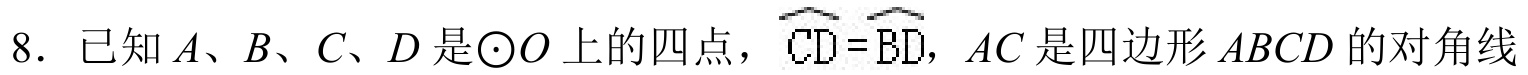
8. 已知$A、B、C、D$是$\odot O$上的四点，$\overset{\frown}{CD}=\overset{\frown}{BD}$，$AC$是四边形$ABCD$的对角线